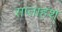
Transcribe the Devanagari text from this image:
सप्ताहश्